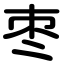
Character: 枣